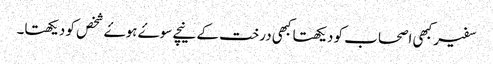
سفیر کبھی اصحاب کو دیکھتا کبھی درخت کے نیچے سوۓ ہوۓ شخص کو دیکھتا۔